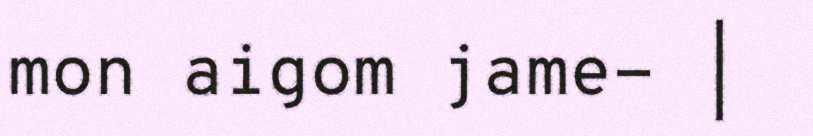
mon aigom jame- |